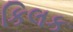
કિલક